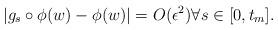
LaTeX: \begin{align*}|g_s \circ \phi (w) -\phi (w) | =O(\epsilon ^2) \forall s \in [0, t_m]. \end{align*}